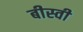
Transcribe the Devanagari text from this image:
बीस्वी